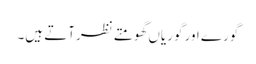
گورے اور گوریاں گھومتے نظرآتے ہیں۔